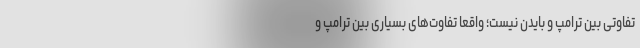
تفاوتی بین ترامپ و بایدن نیست؛ واقعاً تفاوت‌های بسیاری بین ترامپ و